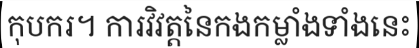
កុបករ។ ការវិវត្តនៃកងកម្លាំងទាំងនេះ